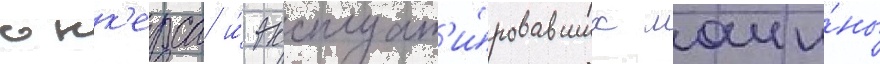
юнк'ерса и́ эксплуат'и́ровавших маши́ны